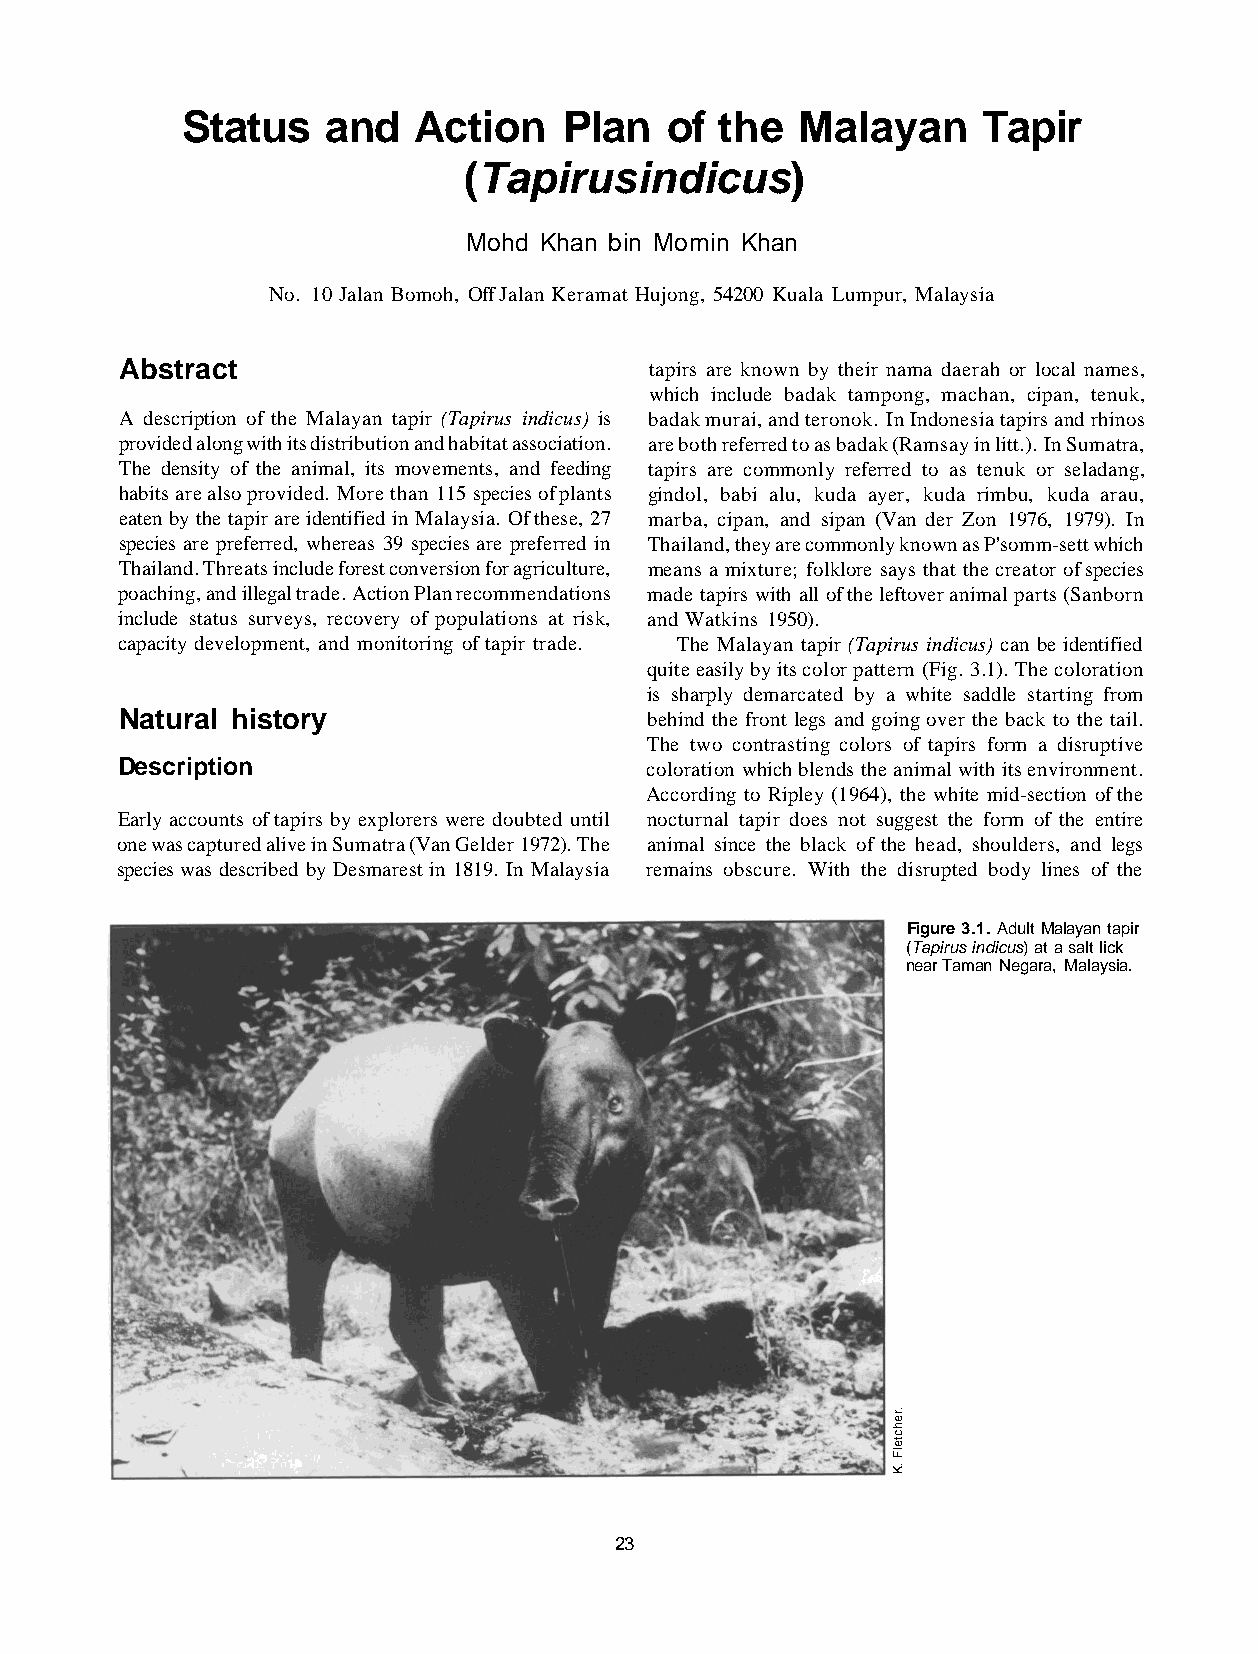
Status    and   Action   Plan   of  the  Malayan     Tapir
 (Tapirus   indicus)
 Mohd Khan bin Momin Khan
 No. 10 Jalan Bomoh, Off Jalan Keramat Hujong, 54200 Kuala Lumpur, Malaysia
 Abstract                           tapirs are known by their nama daerah or local names,
 which include badak tampong, machan, cipan, tenuk,
 A description of the Malayan tapir (Tapirus indicus) is badak murai, and teronok. In Indonesia tapirs and rhinos
 provided along with its distribution and habitat association. are both referred to as badak (Ramsay in litt.). In Sumatra,
 The density of the animal, its movements, and feeding tapirs are commonly referred to as tenuk or seladang,
 habits are also provided. More than 115 species of plants gindol, babi alu, kuda ayer, kuda rimbu, kuda arau,
 eaten by the tapir are identified in Malaysia. Of these, 27 marba, cipan, and sipan (Van der Zon 1976, 1979). In
 species are preferred, whereas 39 species are preferred in Thailand, they are commonly known as P'somm-sett which
 Thailand. Threats include forest conversion for agriculture, means a mixture; folklore says that the creator of species
 poaching, and illegal trade. Action Plan recommendations made tapirs with all of the leftover animal parts (Sanborn
 include status surveys, recovery of populations at risk, and Watkins 1950).
 capacity development, and monitoring of tapir trade. The Malayan tapir (Tapirus indicus) can be identified
 quite easily by its color pattern (Fig. 3.1). The coloration
 is sharply demarcated by a white saddle starting from
 Natural history                    behind the front legs and going over the back to the tail.
 The two contrasting colors of tapirs form a disruptive
 Description                        coloration which blends the animal with its environment.
 According to Ripley (1964), the white mid-section of the
 Early accounts of tapirs by explorers were doubted until nocturnal tapir does not suggest the form of the entire
 one was captured alive in Sumatra (Van Gelder 1972). The animal since the black of the head, shoulders, and legs
 species was described by Desmarest in 1819. In Malaysia remains obscure. With the disrupted body lines of the
 Figure 3.1. Adult Malayan tapir
 (Tapirus indicus) at a salt lick
 near Taman Negara, Malaysia.
 23
 .rehctelF
 .K